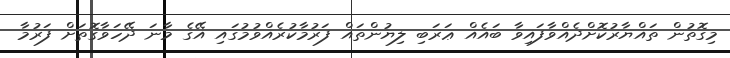
މިގޮތުން ތައްޔާރުކޮށްދެއްވާފައިވާ ބައެއް ޢަރަބި ލިޔުންތައް ފަރުމާކުރެއްވުމުގައި އޭގެ މާނަ ދޭހަވާގޮތަށް ފަރުމާ